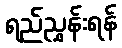
ရည်ညွှန်းရန်